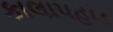
કાલાપહાડ